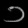
Digit: ၁